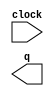
// megafunction wizard: %LPM_COUNTER%VBB%
// GENERATION: STANDARD
// VERSION: WM1.0
// MODULE: lpm_counter 

// ============================================================
// Megafunction Name(s):
// 			lpm_counter
// ============================================================
// ************************************************************
// THIS IS A WIZARD-GENERATED FILE. DO NOT EDIT THIS FILE!
//
// 6.0 Build 202 06/20/2006 SP 1 SJ Web Edition
// ************************************************************

//Copyright (C) 1991-2006 Altera Corporation
//Your use of Altera Corporation's design tools, logic functions 
//and other software and tools, and its AMPP partner logic 
//functions, and any output files any of the foregoing 
//(including device programming or simulation files), and any 
//associated documentation or information are expressly subject 
//to the terms and conditions of the Altera Program License 
//Subscription Agreement, Altera MegaCore Function License 
//Agreement, or other applicable license agreement, including, 
//without limitation, that your use is for the sole purpose of 
//programming logic devices manufactured by Altera and sold by 
//Altera or its authorized distributors.  Please refer to the 
//applicable agreement for further details.

module lpm_c (
	clock,
	q);

	input	  clock;
	output	[3:0]  q;

endmodule

// ============================================================
// CNX file retrieval info
// ============================================================
// Retrieval info: PRIVATE: ACLR NUMERIC "0"
// Retrieval info: PRIVATE: ALOAD NUMERIC "0"
// Retrieval info: PRIVATE: ASET NUMERIC "0"
// Retrieval info: PRIVATE: ASETV NUMERIC "0"
// Retrieval info: PRIVATE: ASET_ALL1 NUMERIC "1"
// Retrieval info: PRIVATE: CLK_EN NUMERIC "0"
// Retrieval info: PRIVATE: CNT_EN NUMERIC "0"
// Retrieval info: PRIVATE: CarryIn NUMERIC "0"
// Retrieval info: PRIVATE: CarryOut NUMERIC "0"
// Retrieval info: PRIVATE: Direction NUMERIC "0"
// Retrieval info: PRIVATE: ModulusCounter NUMERIC "0"
// Retrieval info: PRIVATE: ModulusValue NUMERIC "0"
// Retrieval info: PRIVATE: SCLR NUMERIC "0"
// Retrieval info: PRIVATE: SLOAD NUMERIC "0"
// Retrieval info: PRIVATE: SSET NUMERIC "0"
// Retrieval info: PRIVATE: SSETV NUMERIC "0"
// Retrieval info: PRIVATE: SSET_ALL1 NUMERIC "1"
// Retrieval info: PRIVATE: nBit NUMERIC "4"
// Retrieval info: CONSTANT: LPM_DIRECTION STRING "UP"
// Retrieval info: CONSTANT: LPM_PORT_UPDOWN STRING "PORT_UNUSED"
// Retrieval info: CONSTANT: LPM_TYPE STRING "LPM_COUNTER"
// Retrieval info: CONSTANT: LPM_WIDTH NUMERIC "4"
// Retrieval info: USED_PORT: clock 0 0 0 0 INPUT NODEFVAL clock
// Retrieval info: USED_PORT: q 0 0 4 0 OUTPUT NODEFVAL q[3..0]
// Retrieval info: CONNECT: @clock 0 0 0 0 clock 0 0 0 0
// Retrieval info: CONNECT: q 0 0 4 0 @q 0 0 4 0
// Retrieval info: LIBRARY: lpm lpm.lpm_components.all
// Retrieval info: GEN_FILE: TYPE_NORMAL lpm_c.v TRUE
// Retrieval info: GEN_FILE: TYPE_NORMAL lpm_c.inc FALSE
// Retrieval info: GEN_FILE: TYPE_NORMAL lpm_c.cmp FALSE
// Retrieval info: GEN_FILE: TYPE_NORMAL lpm_c.bsf TRUE FALSE
// Retrieval info: GEN_FILE: TYPE_NORMAL lpm_c_inst.v FALSE
// Retrieval info: GEN_FILE: TYPE_NORMAL lpm_c_bb.v TRUE